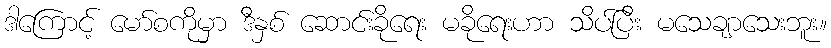
ဒါကြောင့် မော်စကိုမှာ ဒီနှစ် ဆောင်းခိုရေး မခိုရေးဟာ သိပ်ပြီး မသေချာသေးဘူး။